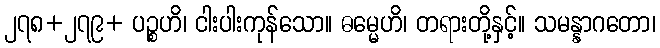
၂၇၈+၂၇၉+ ပဉ္စဟိ၊ ငါးပါးကုန်သော။ ဓမ္မေဟိ၊ တရားတို့နှင့်။ သမန္နာဂတော၊